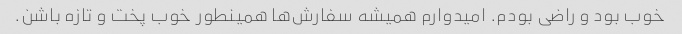
خوب بود و راضی بودم. امیدوارم همیشه سفارش‌ها همینطور خوب پخت و تازه باشن.